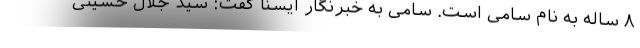
۸ ساله به نام سامی است. سامی به خبرنگار ایسنا گفت: سید جلال حسینی